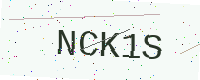
Text: NCK1S